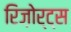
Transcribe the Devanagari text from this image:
रिज़ोर्ट्स